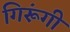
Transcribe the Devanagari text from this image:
गिरूंगी